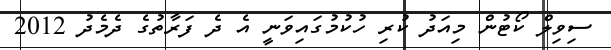
ސިވިލް ކޯޓުން މިއަދު ކުރި ހުކުމުގައިވަނީ އެ ދެ ފަރާތުގެ ދެމެދު 2012